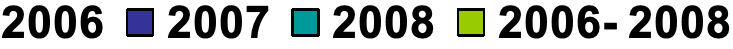
2006 2007  2008 2006- 2008